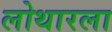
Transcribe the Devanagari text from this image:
लोथारला